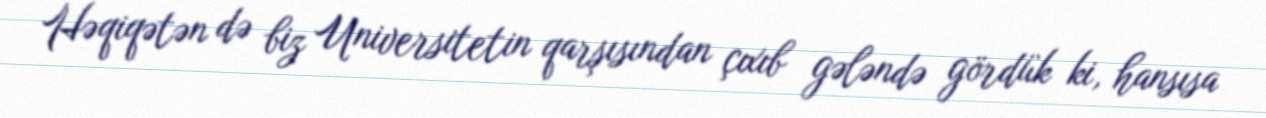
Həqiqətən də biz Universitetin qarşısından çıxıb gələndə gördük ki, hansısa